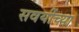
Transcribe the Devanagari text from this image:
सवयींच्या